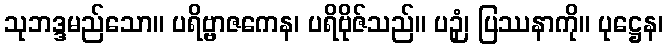
သုဘဒ္ဒမည်သော။ ပရိဗ္ဗာဇကေန၊ ပရိဗိုဇ်သည်။ ပဉှံ၊ ပြဿနာကို။ ပုဋ္ဌေန၊